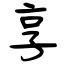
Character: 享